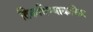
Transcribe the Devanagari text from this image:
टिकविण्याकरिता